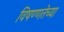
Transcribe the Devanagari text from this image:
विषण्णतेच्या